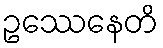
ဥဿေနေတိ